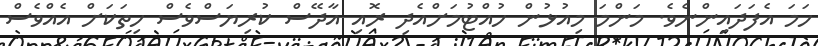
ހަމަ އެފަދައިންނެވެ. މަންމަ މިއުޅުން ހުއްޓުމަށްއެދި ރޮއި އާދޭސް ކުރިޔަސްވެސް ހިތަކަށް އެއްވެސް